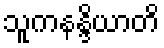
သူကနန္ဒိယာတိ